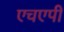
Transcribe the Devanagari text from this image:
एचएपी